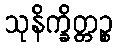
သုနိက္ခိတ္တဉ္စ